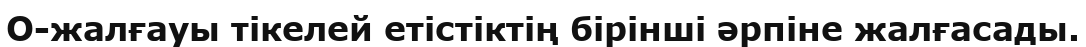
О-жалғауы тікелей етістіктің бірінші әрпіне жалғасады.